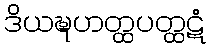
ဒိယဍ္ဎဟတ္ထပတ္ထဋံ